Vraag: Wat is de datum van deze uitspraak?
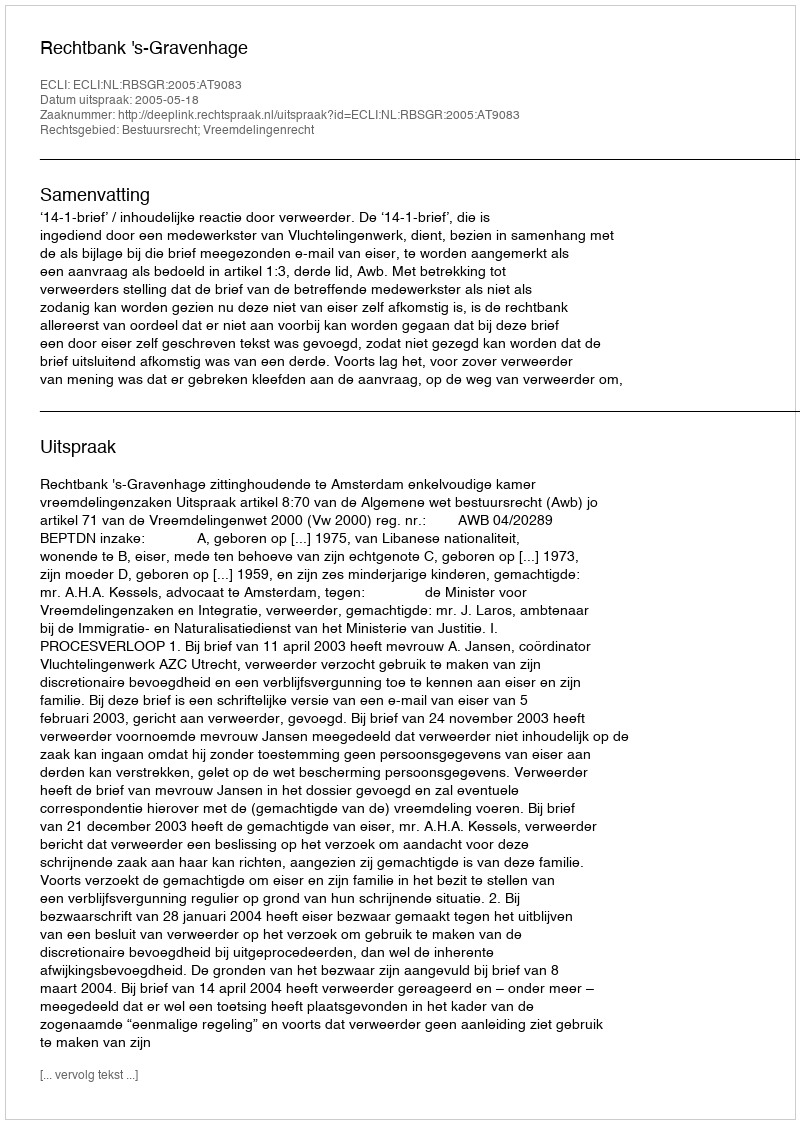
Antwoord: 2005-05-18